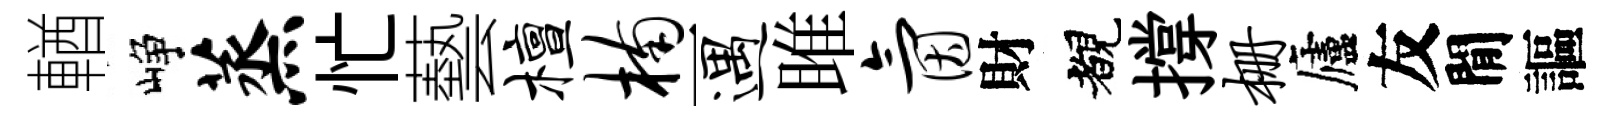
輶峥蒸忙藝檀楠一遇雎氤財覩撐栅廬友閒謳